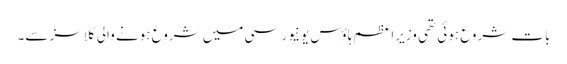
بات شروع ہوئی تھی وزیراعظم ہاؤس یونیورسٹی میں شروع ہونے والی کلاسز سے۔